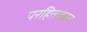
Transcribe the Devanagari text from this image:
परहितकरन